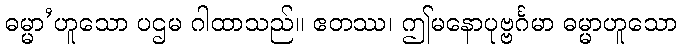
ဓမ္မာ’ဟူသော ပဌမ ဂါထာသည်။ ဧတဿ၊ ဤမနောပုဗ္ဗင်္ဂမာ ဓမ္မာဟူသော